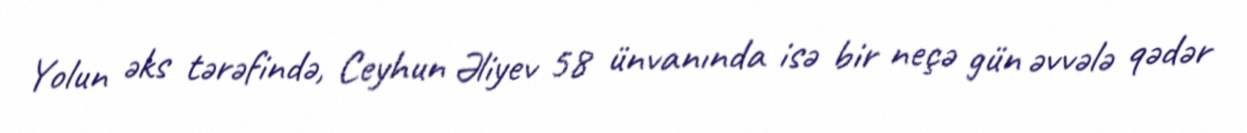
Yolun əks tərəfində, Ceyhun Əliyev 58 ünvanında isə bir neçə gün əvvələ qədər